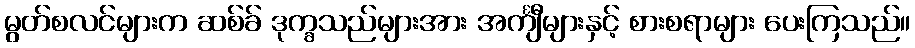
မွတ်စလင်များက ဆစ်ခ် ဒုက္ခသည်များအား အင်္ကျီများနှင့် စားစရာများ ပေးကြသည်။